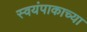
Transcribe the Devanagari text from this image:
स्वयंपाकाच्या